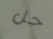
حل